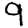
Digit: 9